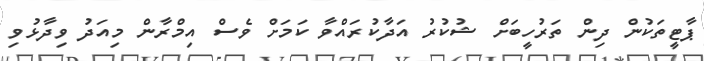
ޕާޓީތަކުން ދިން ތަރުހީބަށް ޝުކުރު އަދާކުރައްވާ ކަމަށް ވެސް އިމްރާން މިއަދު ވިދާޅުވި